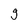
Character: g